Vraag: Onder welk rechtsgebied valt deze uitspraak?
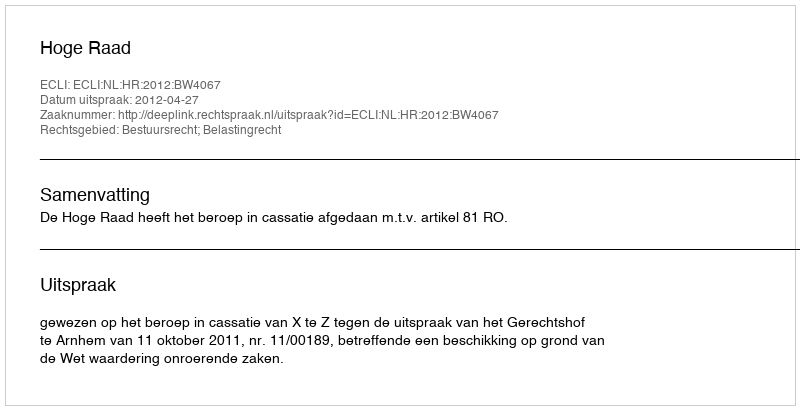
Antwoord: Bestuursrecht; Belastingrecht